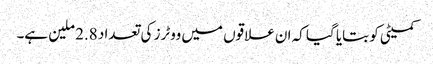
کمیٹی کو بتایا گیا کہ ان علاقوں میں ووٹرز کی تعداد 2.8 ملین ہے۔